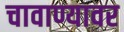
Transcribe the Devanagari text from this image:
चावाण्यावर